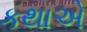
કથાએ